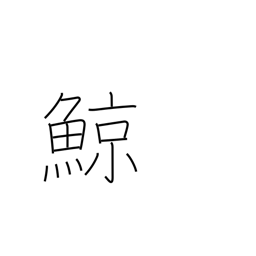
Meaning: whale